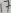
Text: 17